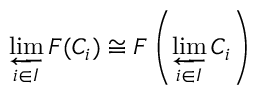
\varprojlim _ { i \in I } F ( C _ { i } ) \cong F \left( \varprojlim _ { i \in I } C _ { i } \right)